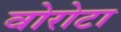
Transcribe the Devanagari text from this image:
वोरोटा